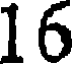
16